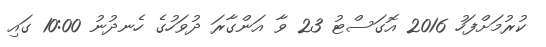
ކުރުމަށްފަހު 2016 އޮގަސްޓު 23 ވާ އަންގާރަ ދުވަހުގެ ހެނދުނު 10:00 ގައި